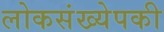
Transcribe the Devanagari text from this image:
लोकसंख्येपकी